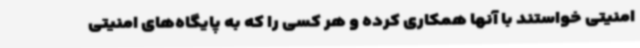
امنیتی خواستند با آنها همکاری کرده و هر کسی را که به پایگاه‌های امنیتی